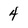
Character: 4